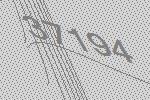
37194